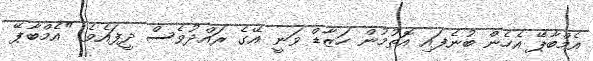
އެމްބާޕޭ އެހެން ބުނެފައި އޮތުމުން ހަޒާޑް ވަނީ އޭގެ ރައްދުވެސް ދީފައެވެ. "އެމްބާޕޭ